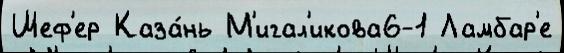
Шеф'ер Каза́нь М'игал'икова6-1 Ламбар'е